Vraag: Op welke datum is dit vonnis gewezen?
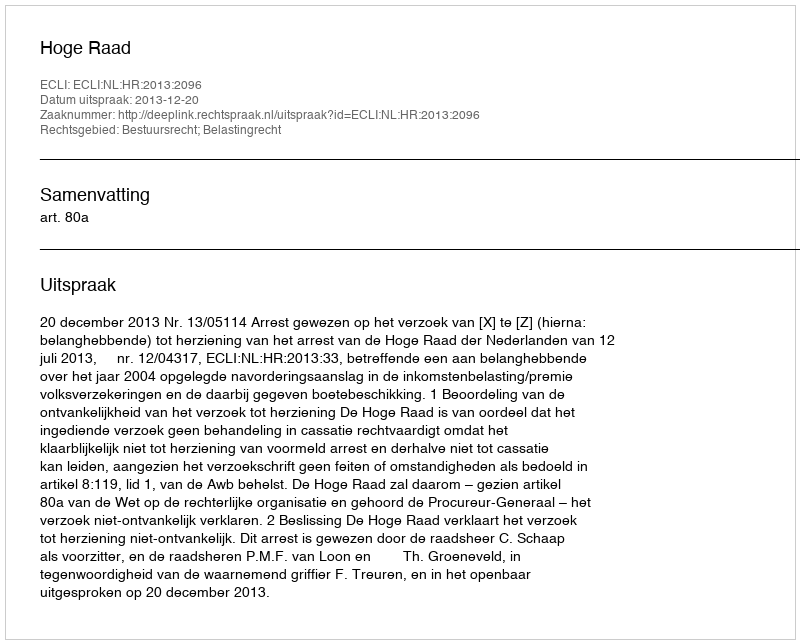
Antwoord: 2013-12-20